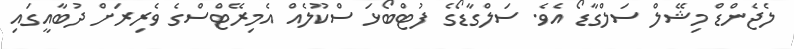
ލެޖެންޑް މިޝޭލް ސަލްގާޑޯ އެވެ. ސަލްގާޑޯގެ ފުޓްބޯޅަ ސްކޫލެއް އެމިރޭޓްސްގެ ވެރިރަށް ދުބާއީގައި